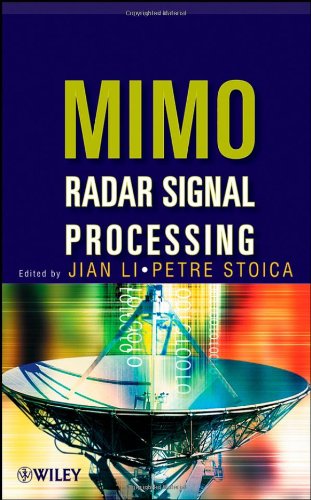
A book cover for MIMO Radar Signal Processing; Jian Li; Science & Math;